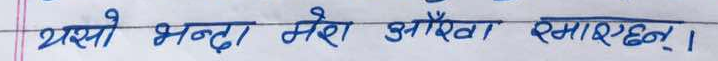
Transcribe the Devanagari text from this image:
यसो भन्दा मेरा आँखा रसाएछन्।